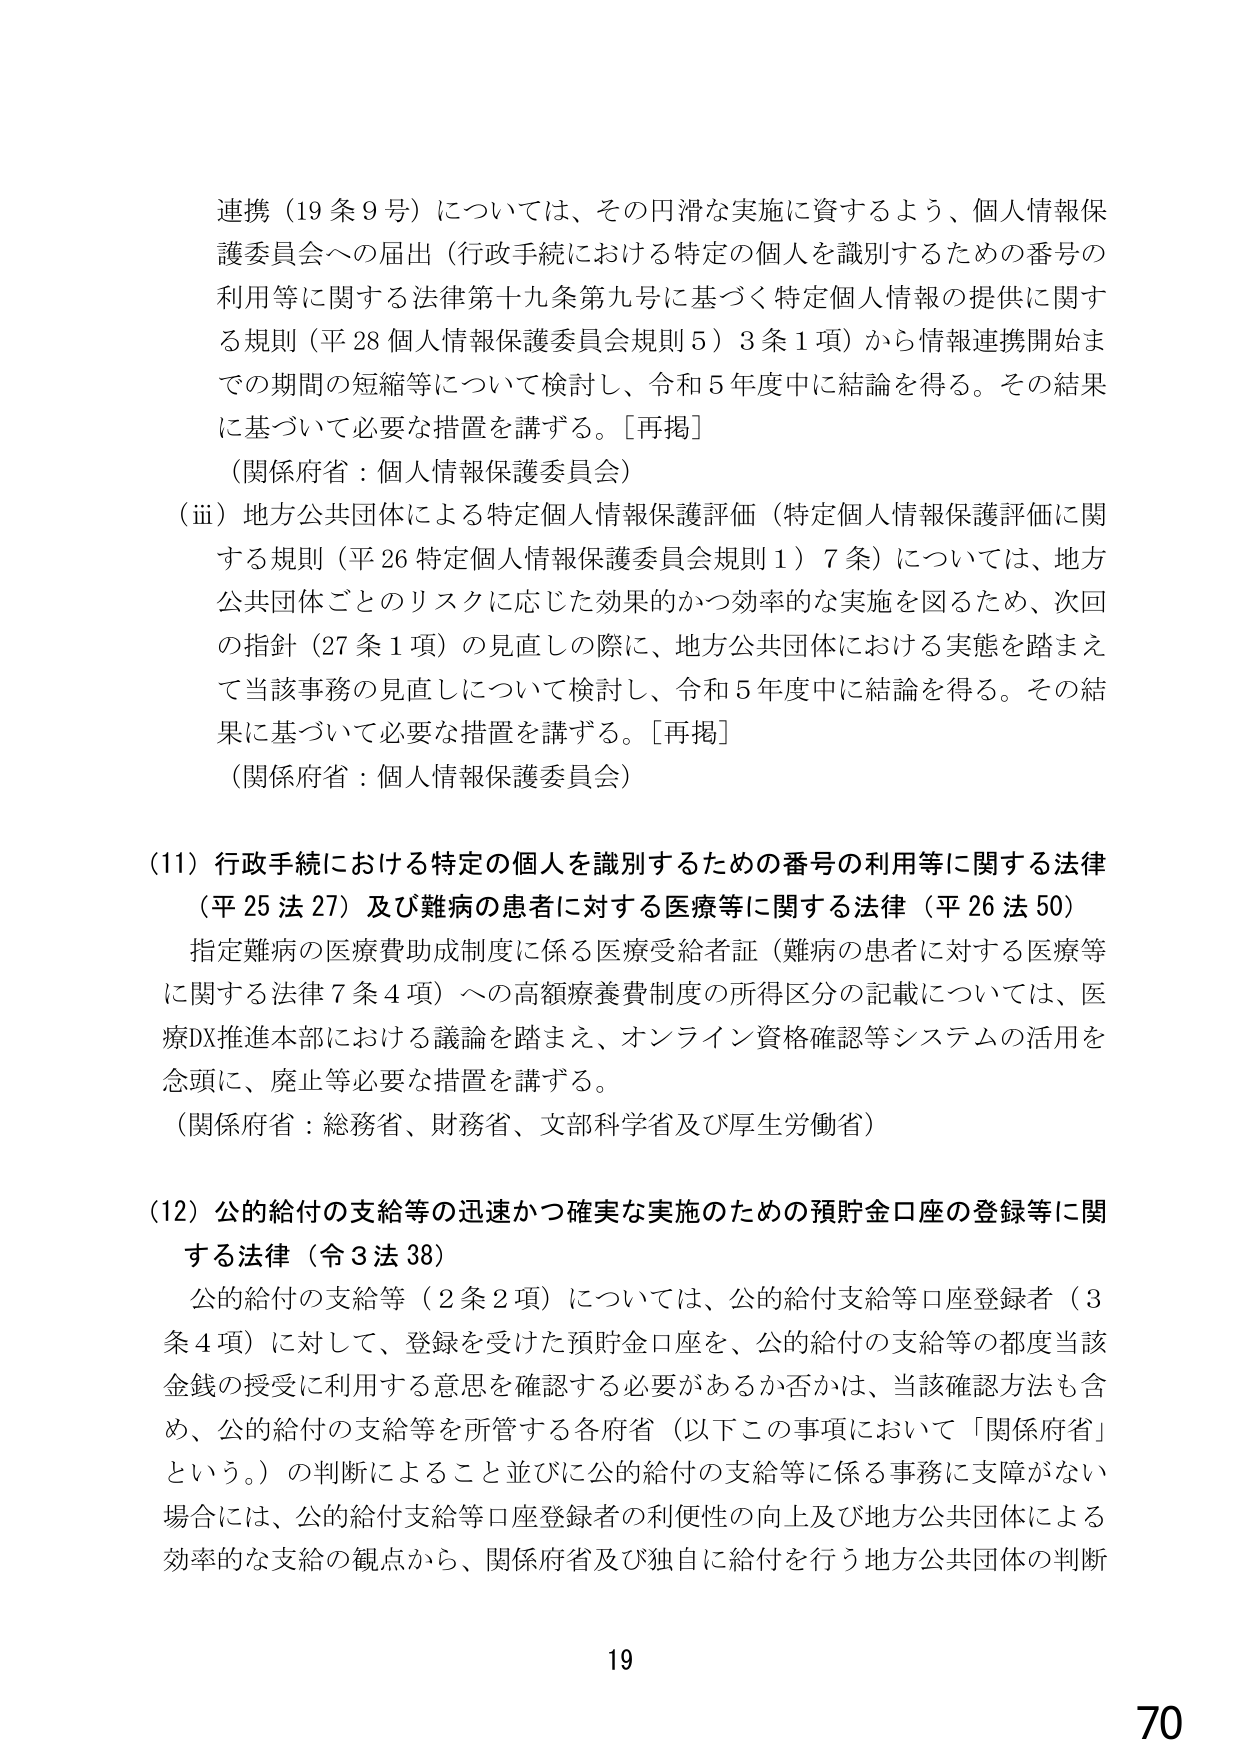
連携（19条9号）については、その円滑な実施に資するよう、個人情報保護委員会への届出（行政手続における特定の個人を識別するための番号の利用等に関する法律第十九条第九号に基づく特定個人情報の提供に関する規則（平28個人情報保護委員会規則5）3条1項）から情報連携開始までの期間の短縮等について検討し、令和5年度中に結論を得る。その結果に基づいて必要な措置を講ずる。［再掲］
（関係府省：個人情報保護委員会）
（ⅲ）地方公共団体による特定個人情報保護評価（特定個人情報保護評価に関する規則（平26特定個人情報保護委員会規則1）7条）については、地方公共団体ごとのリスクに応じた効果的かつ効率的な実施を図るため、次回の指針（27条1項）の見直しの際に、地方公共団体における実態を踏まえて当該事務の見直しについて検討し、令和5年度中に結論を得る。その結果に基づいて必要な措置を講ずる。［再掲］
（関係府省：個人情報保護委員会）

（11）行政手続における特定の個人を識別するための番号の利用等に関する法律（平25法27）及び難病の患者に対する医療等に関する法律（平26法50）
指定難病の医療費助成制度に係る医療受給者証（難病の患者に対する医療等に関する法律7条4項）への高額療養費制度の所得区分の記載については、医療DX推進本部における議論を踏まえ、オンライン資格確認等システムの活用を念頭に、廃止等必要な措置を講ずる。
（関係府省：総務省、財務省、文部科学省及び厚生労働省）

（12）公的給付の支給等の迅速かつ確実な実施のための預貯金口座の登録等に関する法律（令3法38）
公的給付の支給等（2条2項）については、公的給付支給等口座登録者（3条4項）に対して、登録を受けた預貯金口座を、公的給付の支給等の都度当該金銭の授受に利用する意思を確認する必要があるか否かは、当該確認方法も含め、公的給付の支給等を所管する各府省（以下この事項において「関係府省」という。）の判断によること並びに公的給付の支給等に係る事務に支障がない場合には、公的給付支給等口座登録者の利便性の向上及び地方公共団体による効率的な支給の観点から、関係府省及び独自に給付を行う地方公共団体の判断

19
70